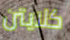
كلايتن